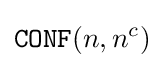
{\texttt {CONF}}(n,n^{c})